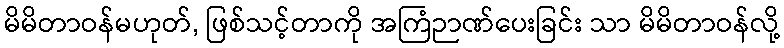
မိမိတာဝန်မဟုတ်, ဖြစ်သင့်တာကို အကြံဉာဏ်ပေးခြင်း သာ မိမိတာဝန်လို့